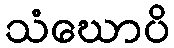
သံဃောပိ